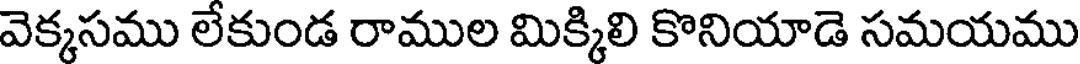
వెక్కసము లేకుండ రాముల మిక్కిలి కొనియాడె సమయము